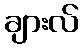
ချားလ်